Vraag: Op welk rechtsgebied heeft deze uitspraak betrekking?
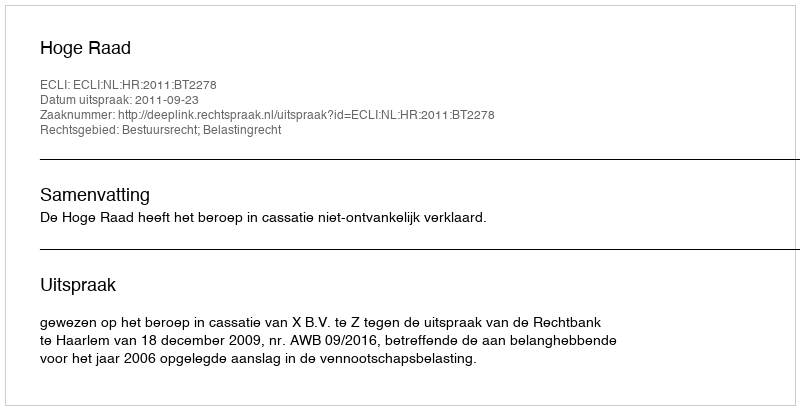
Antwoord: Bestuursrecht; Belastingrecht